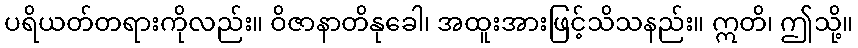
ပရိယတ်တရားကိုလည်း။ ဝိဇာနာတိနုခေါ၊ အထူးအားဖြင့်သိသနည်း။ ဣတိ၊ ဤသို့။